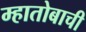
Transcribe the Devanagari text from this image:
म्हातोबाची